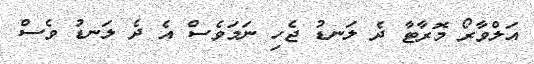
އަލްވާރޯ މޮރާޓާ ދެ ލަނޑު ޖެހި ނަމަވެސް އެ ދެ ލަނޑު ވެސް